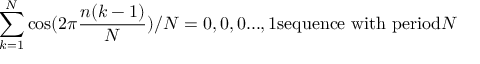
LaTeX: \sum _ { k = 1 } ^ { N } \cos ( 2 \pi { \frac { n ( k - 1 ) } { N } } ) / N = 0 , 0 , 0 . . . , 1 { \mathrm { s e q u e n c e ~ w i t h ~ p e r i o d } } N